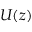
U ( z )